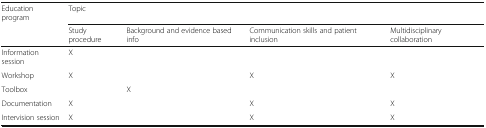
| Education program | <COLSPAN=4> Topic |
 |  | Study procedure | Background and evidence based info | Communication skills and patient inclusion | Multidisciplinary collaboration |
 | --- | --- | --- | --- | --- |
 | Information session | X |  |  |  |
 | Workshop | X |  | X | X |
 | Toolbox |  | X |  |  |
 | Documentation | X |  | X | X |
 | Intervision session | X |  | X | X |